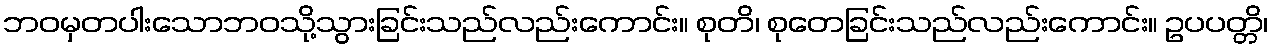
ဘဝမှတပါးသောဘဝသို့သွားခြင်းသည်လည်းကောင်း။ စုတိ၊ စုတေခြင်းသည်လည်းကောင်း။ ဥပပတ္တိ၊